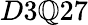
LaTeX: D3\mathbb{Q}27